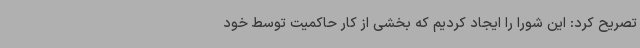
تصریح کرد: این شورا را ایجاد کردیم که بخشی از کار حاکمیت توسط خود